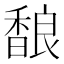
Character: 𱄏